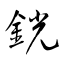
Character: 銧